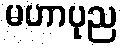
မဟာပုည